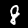
Label: 8